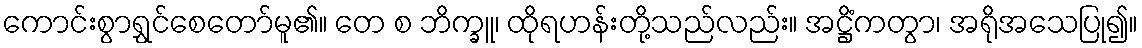
ကောင်းစွာရွှင်စေတော်မူ၏။ တေ စ ဘိက္ခူ၊ ထိုရဟန်းတို့သည်လည်း။ အဋ္ဌိံကတွာ၊ အရိုအသေပြု၍။